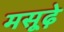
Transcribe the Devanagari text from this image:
मसूढ़े